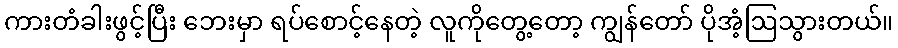
ကားတံခါးဖွင့်ပြီး ဘေးမှာ ရပ်စောင့်နေတဲ့ လူကိုတွေ့တော့ ကျွန်တော် ပိုအံ့ဩသွားတယ်။